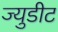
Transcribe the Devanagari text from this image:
ज्युडीट